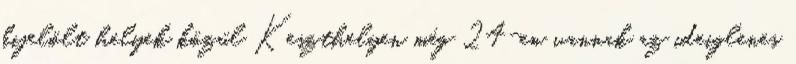
kijelölt helyek közül Keszthelyen még 24-en vannak az ideiglenes